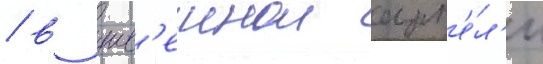
/ в шв'еинои арт'е́л'и